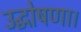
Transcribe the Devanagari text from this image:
उद्घोषणा।